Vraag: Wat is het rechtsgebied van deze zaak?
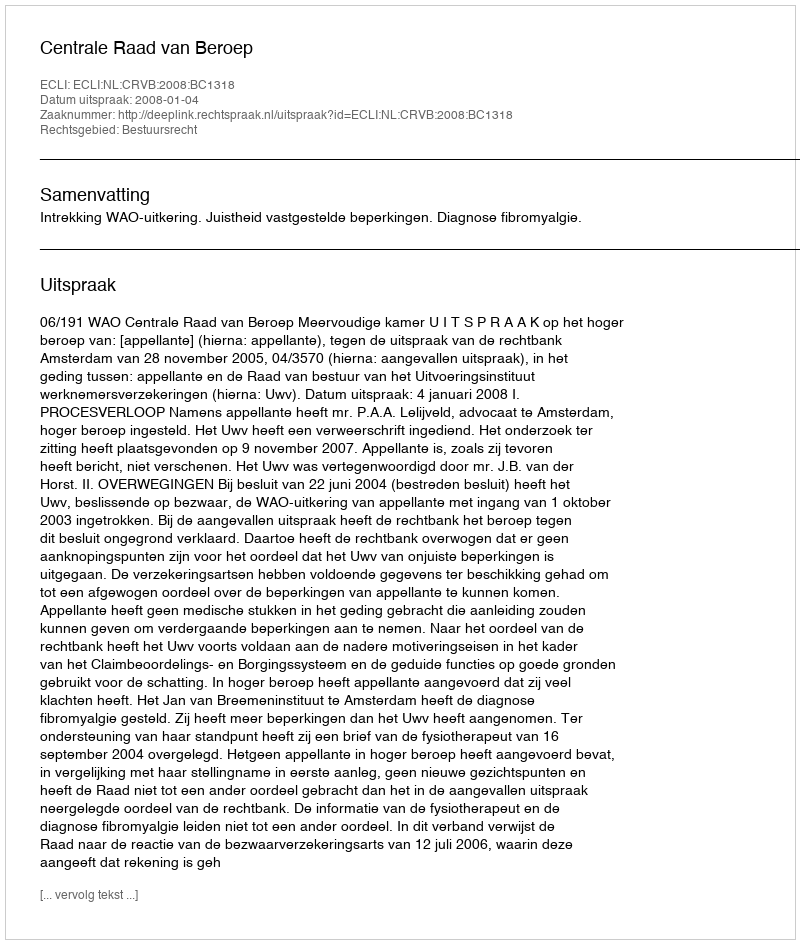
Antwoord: Bestuursrecht